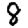
Digit: 8